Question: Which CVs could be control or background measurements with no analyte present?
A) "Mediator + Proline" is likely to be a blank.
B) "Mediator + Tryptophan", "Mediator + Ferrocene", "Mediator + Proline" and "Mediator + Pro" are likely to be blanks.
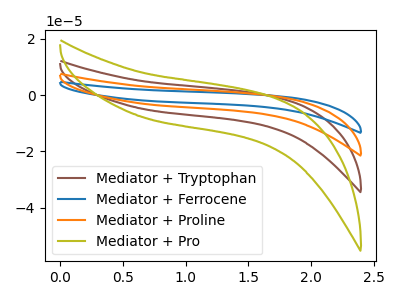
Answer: <think>The brown curve "Mediator + Tryptophan" has no peaks. The blue curve "Mediator + Ferrocene" has no peaks. The orange curve "Mediator + Proline" has no peaks. The olive curve "Mediator + Pro" has no peaks.</think>
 <answer>B) "Mediator + Tryptophan", "Mediator + Ferrocene", "Mediator + Proline" and "Mediator + Pro" are likely to be blanks.</answer>
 <eval>B</eval>